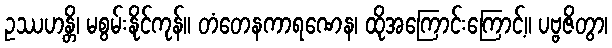
ဥဿဟန္တိ၊ မစွမ်းနိုင်ကုန်။ တံတေနကာရဏေန၊ ထိုအကြောင်းကြောင့်။ ပဗ္ဗဇိတွာ၊